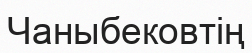
Чаныбековтің